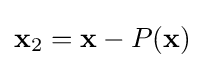
\mathbf {x} _{2}=\mathbf {x} -P(\mathbf {x} )